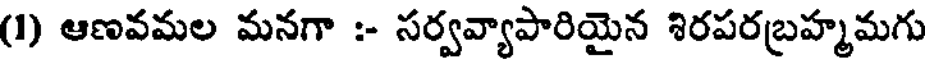
(1) ఆణవమల మనగా :- సర్వవ్యాపారియైన శిరపరబ్రహ్మమగు